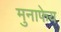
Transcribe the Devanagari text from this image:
मुनाफेय